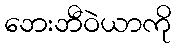
ဘေးဘီဝဲယာကို